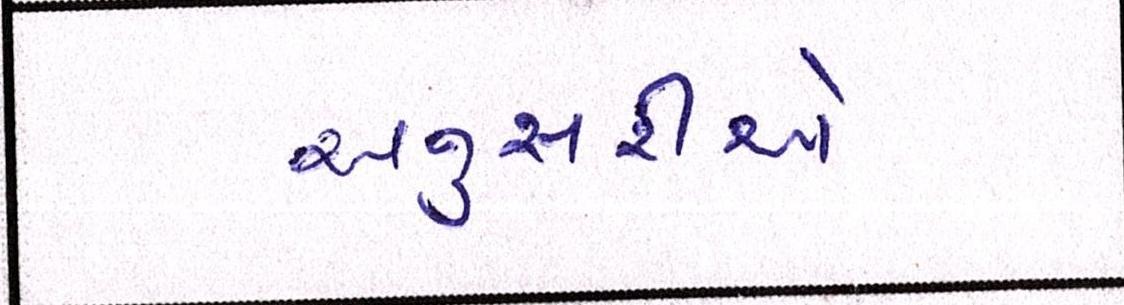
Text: અનુસરીએ